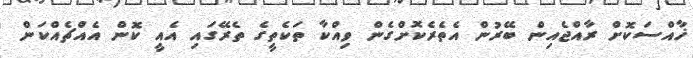
ޚާއްސަކޮށް ރާއްޖެއިން ބޭރުން އެތެރެކޮށްގެން ވިއްކާ ތަކެތީގެ ތެރޭގައި އެއީ ކޮން އެއްޗެއްކަން